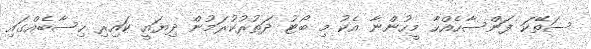
ސަތޭކަ ފަންސާހެއްހާ މީހުންނާ އެކު މި ބޯޓު ދަތުރުކުރަމުން ދިޔައީ ކައިރި ހިސާބެއްގައި